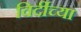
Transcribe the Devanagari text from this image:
विर्दीच्या